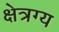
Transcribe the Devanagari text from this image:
क्षेत्रग्य